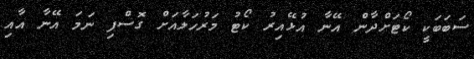
ސަބަބަކީ ކޯޓަށްދާން އޭނާ އުޅޭއިރު ކޯޓު މަރުހަލާއަށް ގޮސްފި ނަމަ އޭނާ އާއި